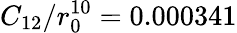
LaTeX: C_{12}/r_{0}^{10}=0.000341